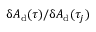
\updelta A _ { \mathrm { d } } ( \tau ) / \updelta A _ { \mathrm { d } } ( \tau _ { j } )